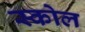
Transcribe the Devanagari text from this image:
स्कोल